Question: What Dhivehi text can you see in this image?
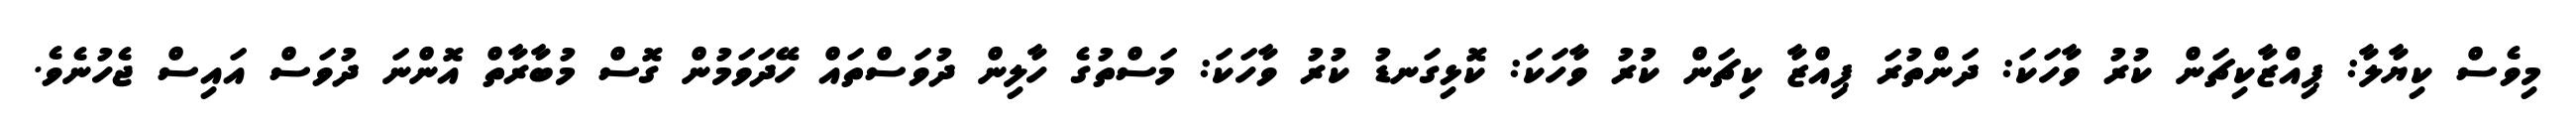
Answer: މިވެސް ކިޔާލާ: ޕިއްޒާކިޗަން ކުރު ވާހަކަ: ދަންތުރަ ޕިއްޒާ ކިޗަން ކުރު ވާހަކަ: ކޮޅިގަނޑު ކުރު ވާހަކަ: މަސްތުގެ ހާލިން ދުވަސްތައް ހޭދަވަމުން ގޮސް މުބާރާތް އޮންނަ ދުވަސް އައިސް ޖެހުނެވެ.